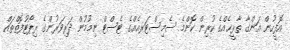
އޮފީހުން އަންގާ ތާރީޚެއްގެ ކުރިން ކޮންމެ ސެމިސްޓަރއެއްގެ ޓެސްޓް ނިމުމުން ދަރިވަރުންގެ ރިޕޯޓުފޮތްތައް